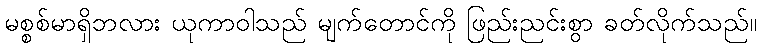
မစ္စစ်မာရှိဘလား ယုကာဝါသည် မျက်တောင်ကို ဖြည်းညင်းစွာ ခတ်လိုက်သည်။